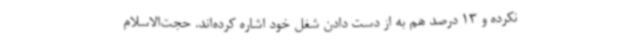
نکرده و 13 درصد هم به از دست دادن شغل خود اشاره کرده‌اند. حجت‌الاسلام